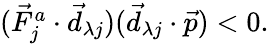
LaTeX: \begin{array}{r}{(\vec{F}_{j}^{a}\cdot\vec{d}_{\lambda j})(\vec{d}_{\lambda j}\cdot\vec{p})<0.}\end{array}